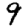
Digit: 9